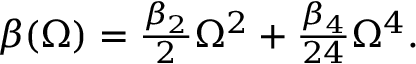
\begin{array} { r } { \beta ( \Omega ) = \frac { \beta _ { 2 } } { 2 } \Omega ^ { 2 } + \frac { \beta _ { 4 } } { 2 4 } \Omega ^ { 4 } . } \end{array}